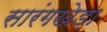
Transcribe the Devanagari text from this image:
सारंगखेड़ा